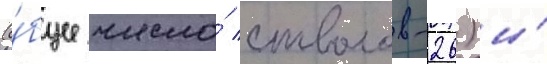
(о́бщее число́ стволов-26) и́